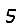
Digit: 5